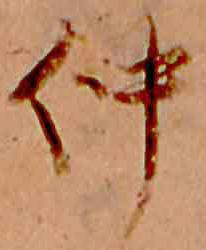
仲